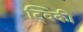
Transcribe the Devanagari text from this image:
ट्विकी